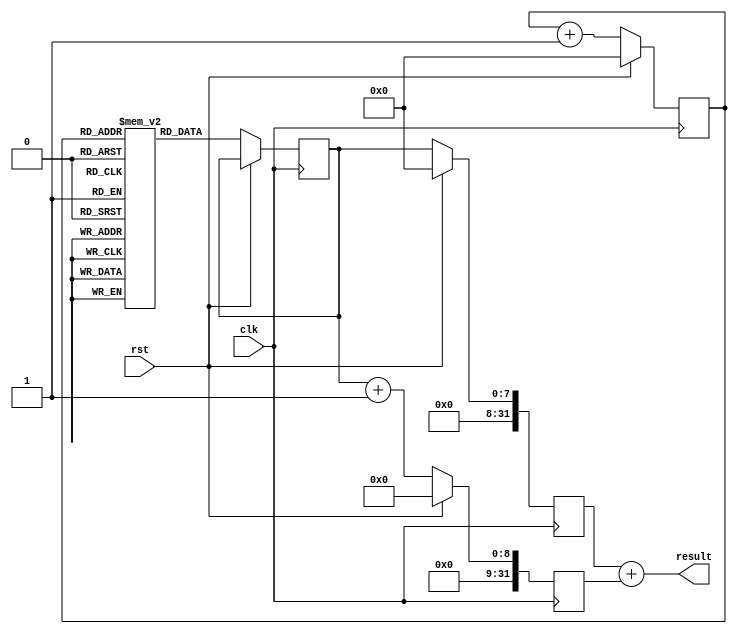
module cpu(
  input wire clk, // 
  input wire rst, // 
  output wire[31:0] result
);
  reg [7:0]mem[0:255];
  reg [7:0] instruction;
  reg [31:0] alu_operand_a;
  reg [31:0] alu_operand_b;
  wire [31:0] alu_result;
  reg [7:0] pc;

  assign result = alu_result;

  always @(posedge clk) begin
    if(rst) begin // 
      pc <= 8'b00000000;
      alu_operand_a <= 32'b0;
      alu_operand_b <= 32'b0;
    end else begin // 
      instruction <= mem[pc];
      pc <= pc + 8'b00000001;

      alu_operand_a <= {24'b0, instruction};
      alu_operand_b <= {24'b0, instruction} + 32'b1;
    end
  end

  assign alu_result = alu_operand_a + alu_operand_b;

endmodule